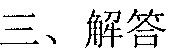
三、解答